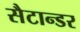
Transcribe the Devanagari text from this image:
सैटान्डर